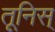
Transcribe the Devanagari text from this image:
तूनिस्